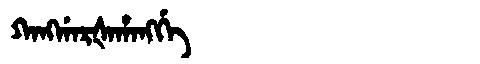
Manchu: ᡴᠠᠩᡤᠠᡵᡧᠠᡥᠠᠩᡤᡝ
Romanization: KANGGARŠAHANGGE